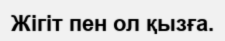
Жiгiт пен ол қызға.